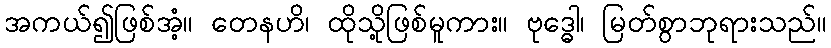
အကယ်၍ဖြစ်အံ့။ တေနဟိ၊ ထိုသို့ဖြစ်မူကား။ ဗုဒ္ဓေါ၊ မြတ်စွာဘုရားသည်။